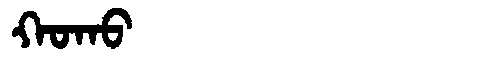
Manchu: ᡴᠣᡴᠣ
Romanization: KOKO